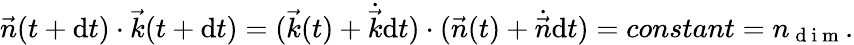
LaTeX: \vec{n}(t+\mathrm{d}t)\cdot\vec{k}(t+\mathrm{d}t)=(\vec{k}(t)+\dot{\vec{k}}\mathrm{d}t)\cdot(\vec{n}(t)+\dot{\vec{n}}\mathrm{d}t)=constant=n_{\mathrm{~d~i~m~}}.